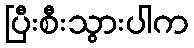
ပြီးစီးသွားပါက